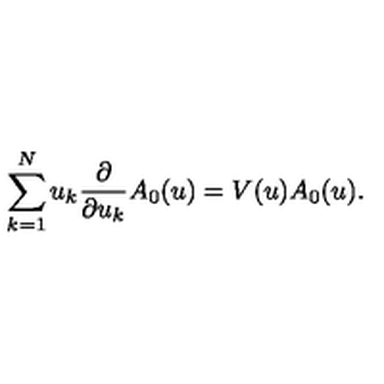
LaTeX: \sum _ { k = 1 } ^ { N } u _ { k } \frac { \partial } { \partial u _ { k } } A _ { 0 } ( u ) = V ( u ) A _ { 0 } ( u ) .